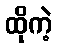
ထိုကဲ့